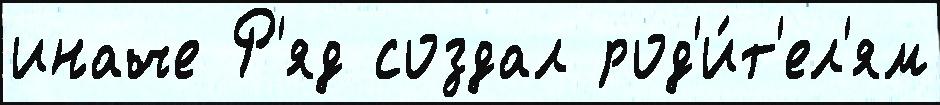
иначе Р'яд создал род'и́т'ел'ям